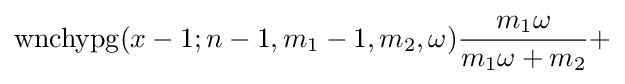
\operatorname {wnchypg} (x-1;n-1,m_{1}-1,m_{2},\omega ){\frac {m_{1}\omega }{m_{1}\omega +m_{2}}}+